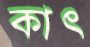
কাৎ